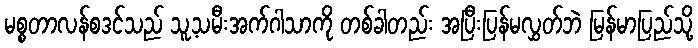
မစ္စတာလန်စဒင်သည် သူ့သမီးအက်ဂါသာကို တစ်ခါတည်း အပြီးပြန်မလွှတ်ဘဲ မြန်မာပြည်သို့